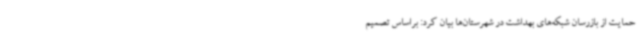
حمایت از بازرسان شبکه‌های بهداشت در شهرستان‌ها بیان کرد: براساس تصمیم